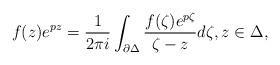
LaTeX: \begin{align*} f(z)e^{pz} = \frac{1}{2\pi i} \int_{\partial \Delta} \frac{f(\zeta)e^{p\zeta}}{\zeta-z} d\zeta, z\in \Delta,\end{align*}